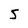
Character: S